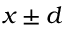
x \pm d